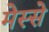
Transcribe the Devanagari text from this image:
मेस्से